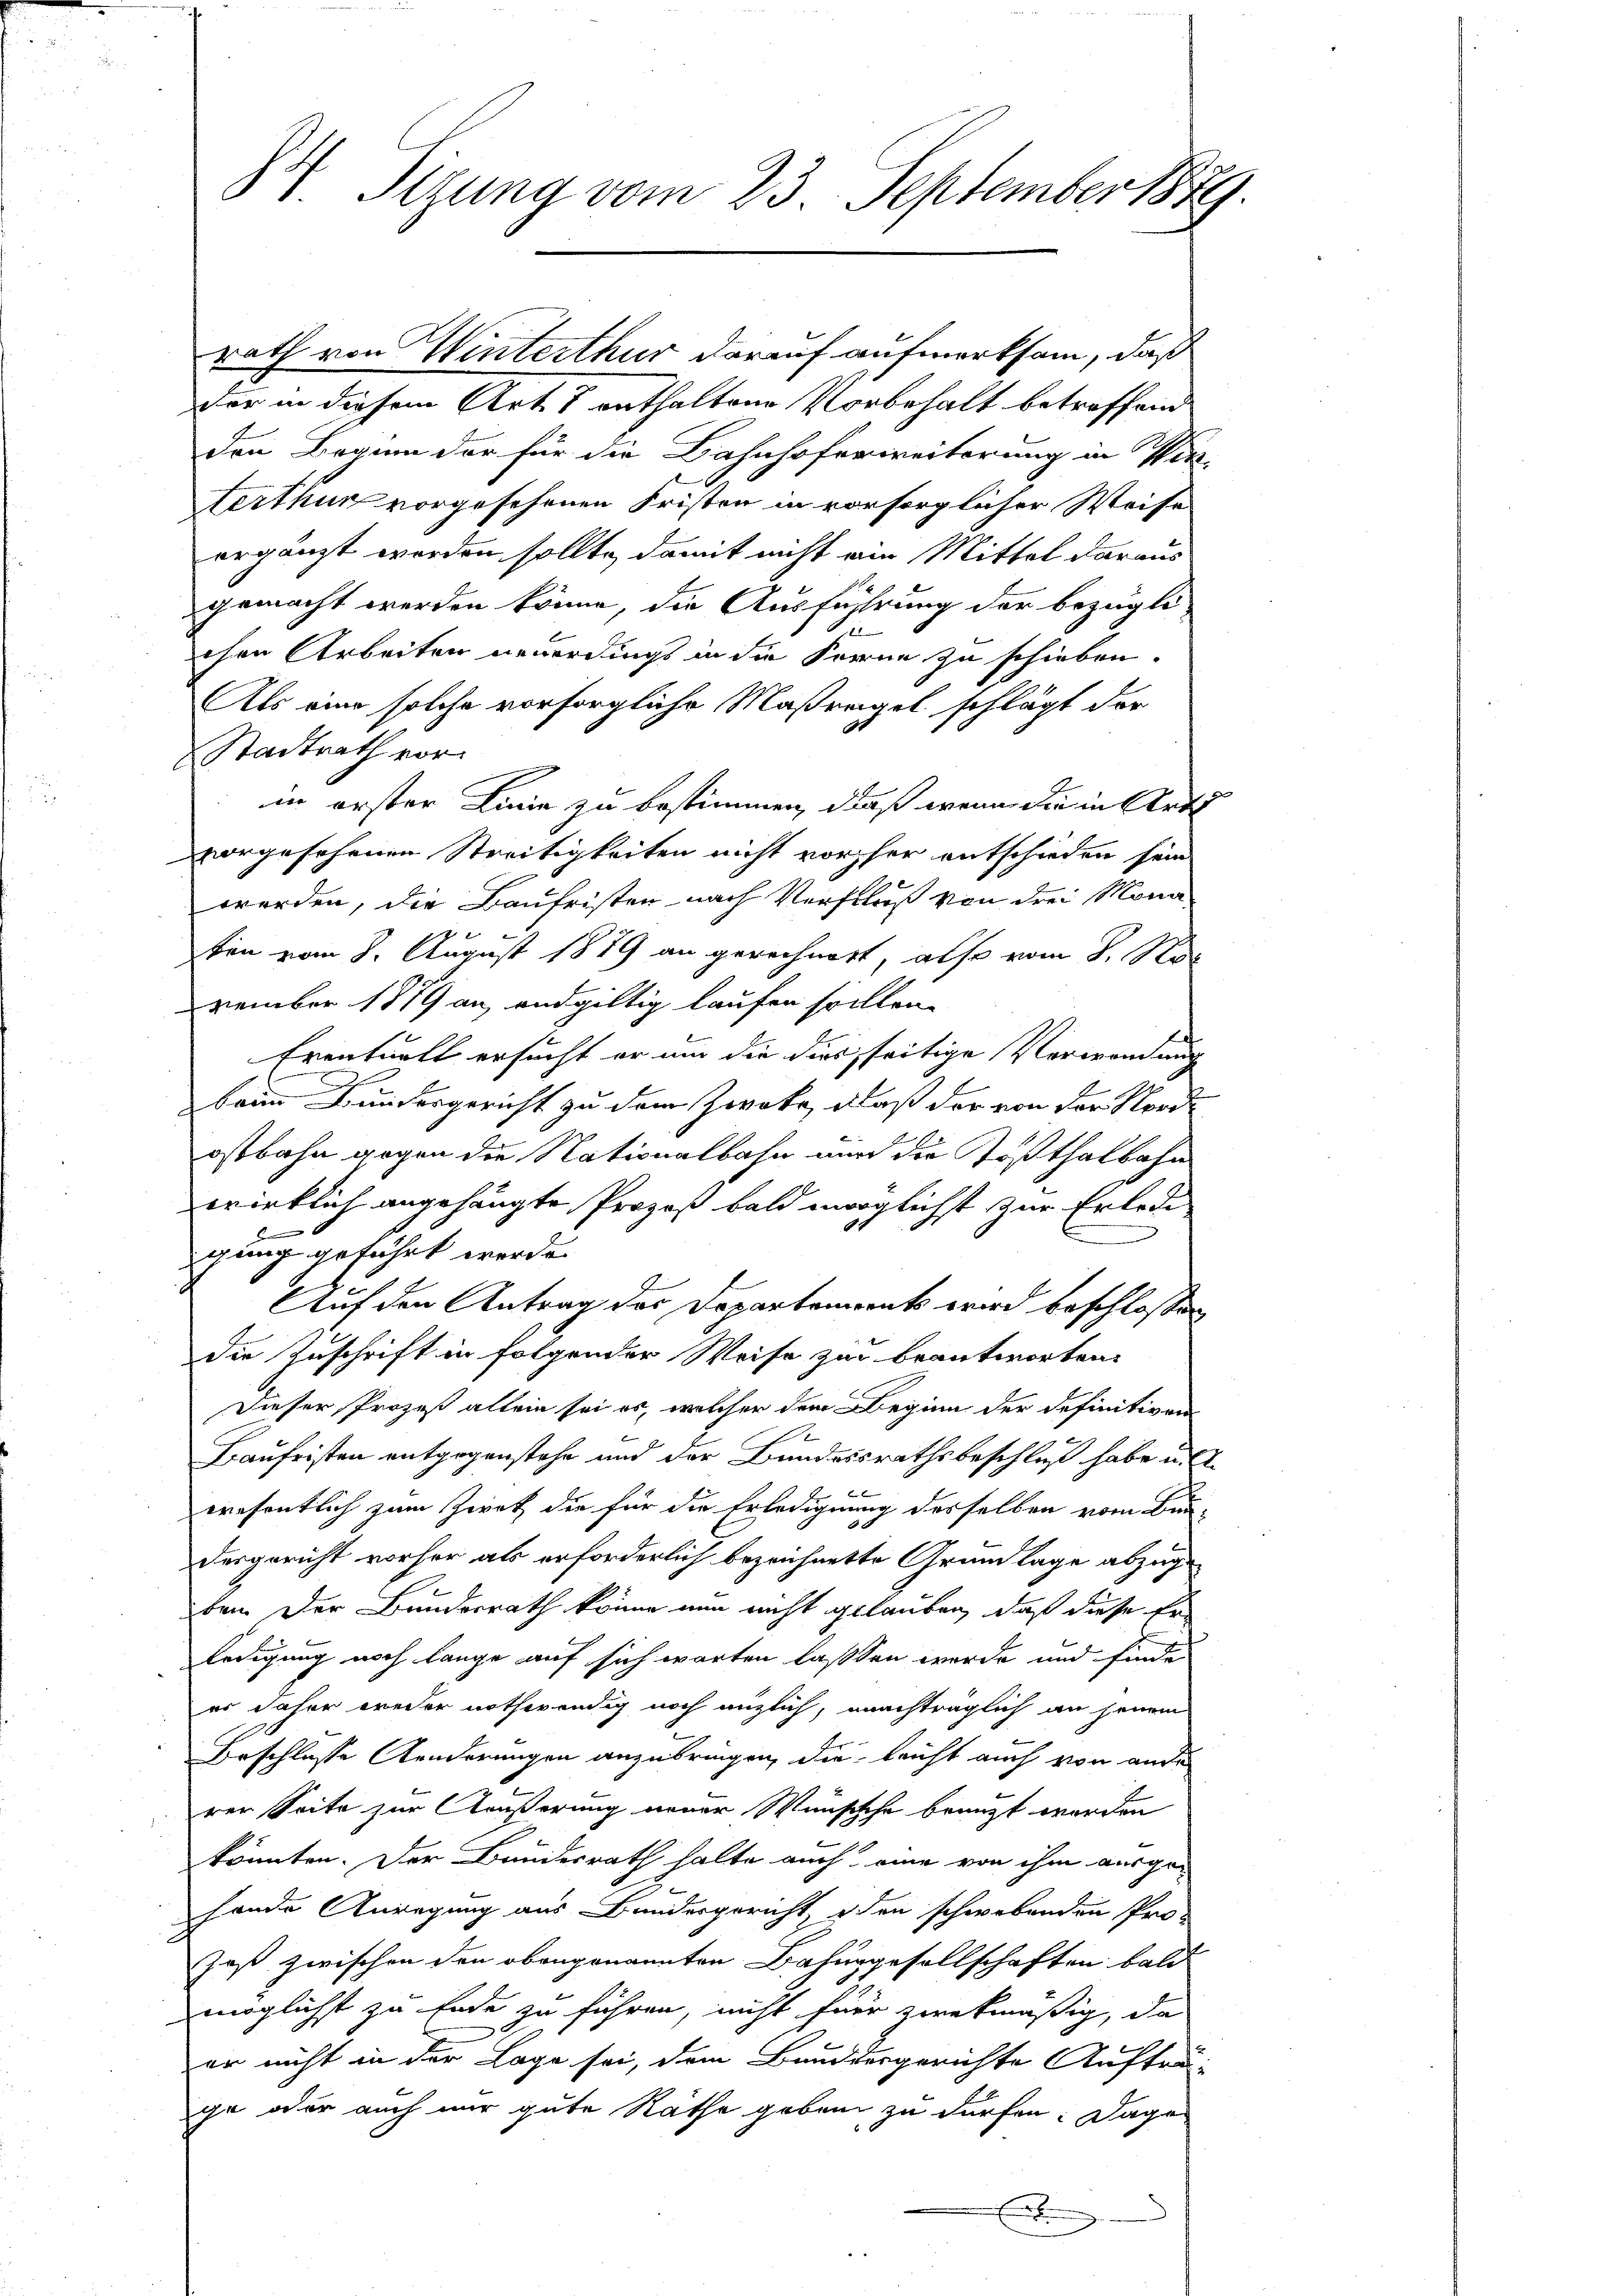
84 Sizung vom 23. September 1889.

rath von Winterthur darauf aufmerksam, daß
der in diesem Art. 8 enthaltene Vorbehalt betreffend
den Beginn der für die Bahnhoferweiterung in Wir-
terthur vorgesehenen Fristen in vorsorglicher Weise
ergänzt worden sollte, damit nicht wie Mittel daraus
gemacht werden könne, die Ausführung der bezügli
9
chen Arbeiten neuerdings in die Ferne zu schieben.
Als eine solche vorsorgliche Maßregel schlägt der
Stadtrath vor.
in erster Linie zu bestimmen, daß wenn die in Arti
vorgesehenen Streitigkeiten nicht vorher entschieden sein
werden, die Baufristen nach Verfluß von drei Monaten vom 8. August 1879 an gerechnert, also vom 8. No
vember 1879 an, endgültig laufen sollen.
Eventuell ersucht er um die dies seitige Verwendung
beim Bundesgericht zu dem Zweke, daß der von der Nordostbahn gegen die Nationalbahn wird die Tößthalbahn
wirklich angehängte Prozeß bald möglichst zur Erlede
9
igung geführt werde.
Auf den Antrag des Departements wird beschlossen
die Zuschrift in folgender Weise zur beantworten.
Dieser Prozeß allein sei es, welcher dem Beginn der definitiven
E
Kaufristen entgegenstehe und der Bundesrathsbeschluß habe u.
 x
wresentlich zum Zwek die für die Erledigung desselben vom Bau-
desgericht vorher als erforderlich bezeichnete Grundlage abzuge
ben. Der Bundesrath könne nun nicht gelauben, daß diese Er
ledigung noch lange auf sich warten lassen werde und finde
er daher weder nothwendig noch möglich, nachträglich an jenem
Beschlosse Aenderungen anzubringen, die leicht auch von anderer Seite zur Äußerung neuer Wünschehe branzt worden
könnten. Der Bundesrath halte auch eine von ihm ausgehande Anregung aus Bundesgericht iden schwebenden Prot
Jaß zwischen den obangenannten Bahngesellschaften bald
möglichst zu Ende zu führen, nicht für zwekmäßig, das
er nicht in der Lage sei, dem Bundesgerichte Aufträge oder auch nur gute Räthe geben zu dürfen. Dage